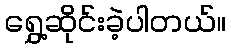
ရွှေ့ဆိုင်းခဲ့ပါတယ်။